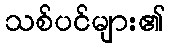
သစ်ပင်များ၏